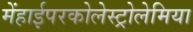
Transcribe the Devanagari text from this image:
मेंहाईपरकोलेस्ट्रोलेमिया